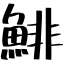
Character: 鯡